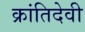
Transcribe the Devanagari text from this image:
क्रांतिदेवी